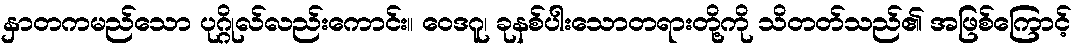
နှာတကမည်သော ပုဂ္ဂိုလ်လည်းကောင်း။ ဝေဒဂူ၊ ခုနစ်ပါးသောတရားတို့ကို သိတတ်သည်၏ အဖြစ်ကြောင့်